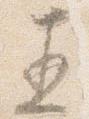
直